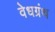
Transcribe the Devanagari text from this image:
वेधग्रंथ